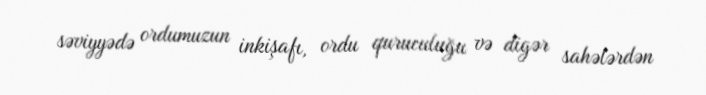
səviyyədə ordumuzun inkişafı, ordu quruculuğu və digər sahələrdən